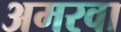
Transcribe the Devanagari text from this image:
अमरवा